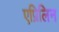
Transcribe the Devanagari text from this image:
एप्रिलिन